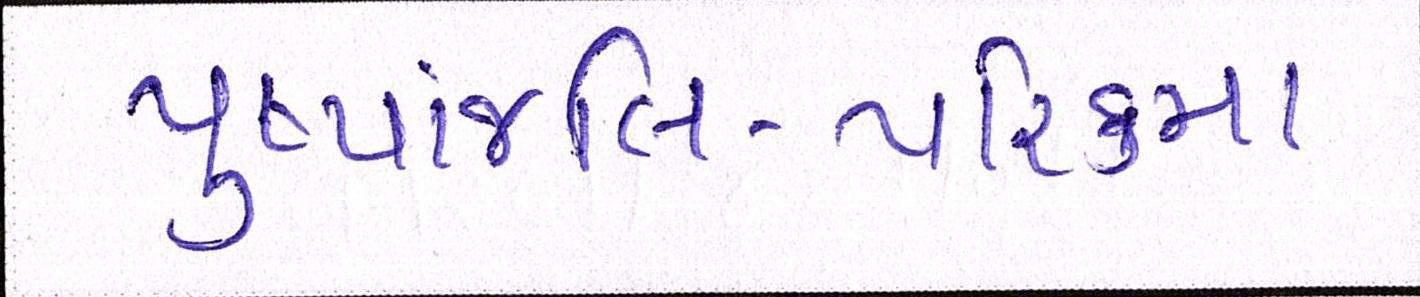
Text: પુષ્પાંજલિ-પરિક્રમા